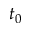
t _ { 0 }